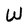
Character: W